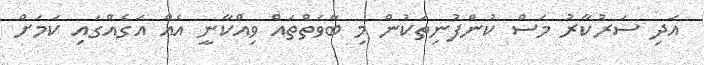
އަދި ސަރުކާރު މަސް ކުންފުނިތަކުން މި ބާވަތްތައް ވިއްކާނީ އެއް އަގެއްގައި ކަމަށް